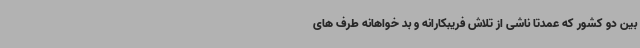
بین دو کشور که عمدتا ناشی از تلاش فریبکارانه و بد خواهانه طرف های